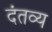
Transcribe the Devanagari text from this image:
दंतव्य